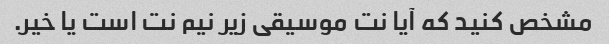
مشخص کنید که آیا نت موسیقی زیر نیم نت است یا خیر.